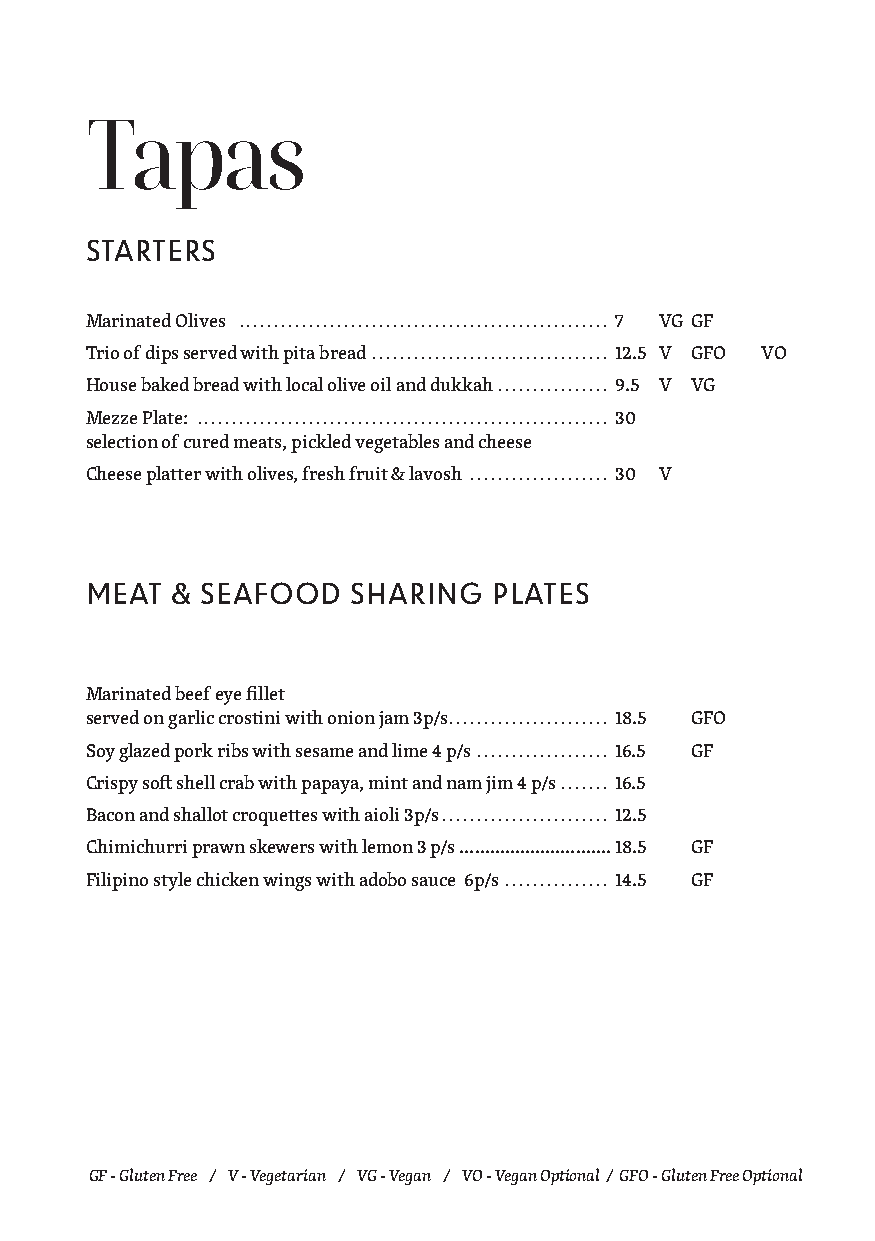
Tapas
 STARTERS
 Marinated Olives ..................................................... 7 VG GF
 Trio of dips served with pita bread .................................. 12.5 V GFO VO
 House baked bread with local olive oil and dukkah ................ 9.5 V VG
 Mezze Plate: ........................................................... 30
 selection of cured meats, pickled vegetables and cheese
 Cheese platter with olives, fresh fruit & lavosh .................... 30 V
 MEAT & SEAFOOD   SHARING   PLATES
 Marinated beef eye fillet
 served on garlic crostini with onion jam 3p/s ....................... 18.5 GFO
 Soy glazed pork ribs with sesame and lime 4 p/s ................... 16.5 GF
 Crispy soft shell crab with papaya, mint and nam jim 4 p/s ....... 16.5
 Bacon and shallot croquettes with aioli 3p/s ........................ 12.5
 Chimichurri prawn skewers with lemon 3 p/s ..............................18.5 GF
 Filipino style chicken wings with adobo sauce 6p/s ............... 14.5 GF
 GF - Gluten Free / V - Vegetarian / VG - Vegan / VO - Vegan Optional / GFO - Gluten Free Optional